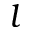
l